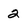
Character: 2